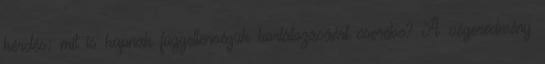
kérdés: mit is kapnak függetlenségük korlátozásáért cserébe? A végeredmény